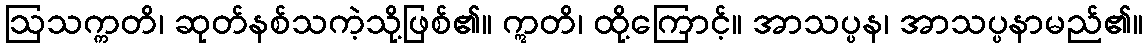
ဩသက္ကတိ၊ ဆုတ်နစ်သကဲ့သို့ဖြစ်၏။ ဣတိ၊ ထို့ကြောင့်။ အာသပ္ပန၊ အာသပ္ပနာမည်၏။